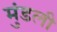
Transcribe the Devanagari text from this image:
मुंडली